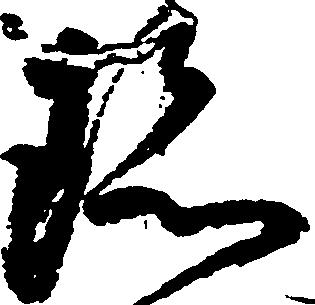
珍